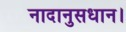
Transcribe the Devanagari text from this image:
नादानुसधान।